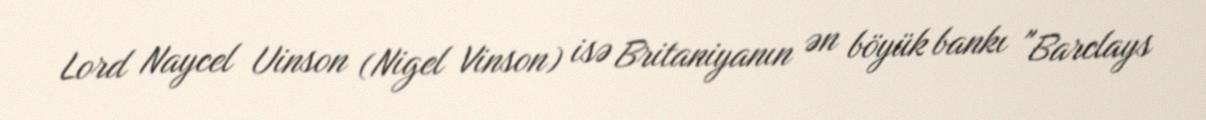
Lord Naycel Uinson (Nigel Vinson) isə Britaniyanın ən böyük bankı "Barclays